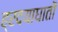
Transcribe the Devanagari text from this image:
ह्रदयाघातों